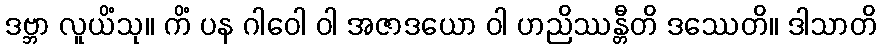
ဒဗ္ဘာ လူယိံသု။ ကိံ ပန ဂါဝေါ ဝါ အဇာဒယော ဝါ ဟညိဿန္တီတိ ဒဿေတိ။ ဒါသာတိ